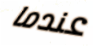
عندما